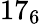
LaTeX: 17_{6}